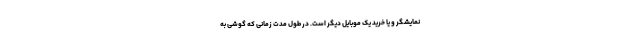
نمایشگر و یا خرید یک موبایل دیگر است. در طول مدت زمانی که گوشی به